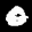
Label: 0